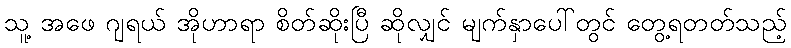
သူ့ အဖေ ဂျရယ် အိုဟာရာ စိတ်ဆိုးပြီ ဆိုလျှင် မျက်နှာပေါ်တွင် တွေ့ရတတ်သည့်